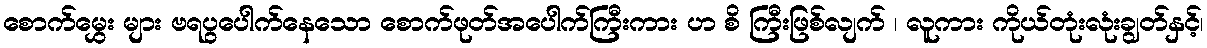
စောက်မွှေး များ ဗရပွပေါက်နေသော စောက်ဖုတ်အပေါက်ကြီးကား ဟ စိ ကြီးဖြစ်လျက် ၊ လူကား ကိုယ်တုံးလုံးချွတ်နှင့်၊